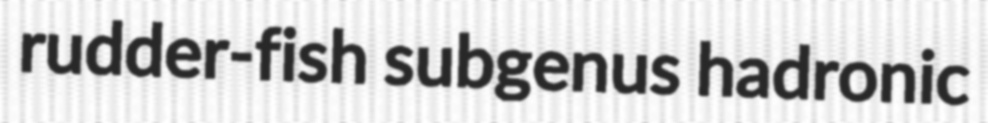
rudder-fish subgenus hadronic